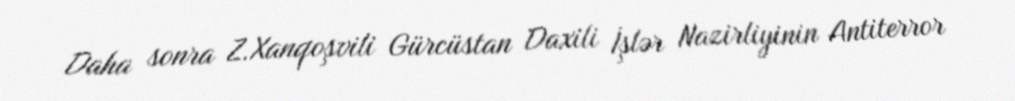
Daha sonra Z.Xanqoşvili Gürcüstan Daxili İşlər Nazirliyinin Antiterror